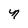
Character: n